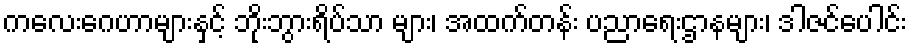
ကလေးဂေဟာများနှင့် ဘိုးဘွားရိပ်သာ များ၊ အထက်တန်း ပညာရေးဌာနများ၊ ဒါဇင်ပေါင်း